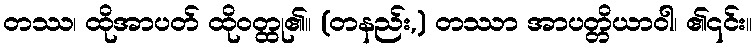
တဿ၊ ထိုအာပတ် ထိုဝတ္ထု၏။ (တနည်း,) တဿာ အာပတ္တိယာဝါ၊ ၏၎င်း။